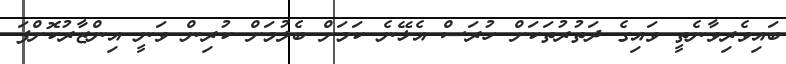
ބައިވެރިވާނެތީ ވައިގެ ދަތުރުތަކަށް ހުރަސް އެޅޭނެ ކަމަށް ބެލުމަށް ކުރިން ވަނީ އިންޒާރުކޮށްފަ